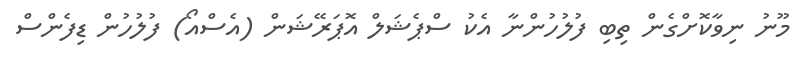
މޫނު ނިވާކޮށްގެން ތިބި ފުލުހުންނާ އެކު ސްޕެޝަލް އޮޕަރޭޝަން (އެސްއޯ) ފުލުހުން ޑިފެންސް